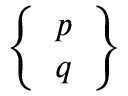
\left\{ \begin{array} { l } { p } \\ { q } \end{array} \right\}